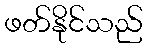
ဖတ်နိုင်သည်